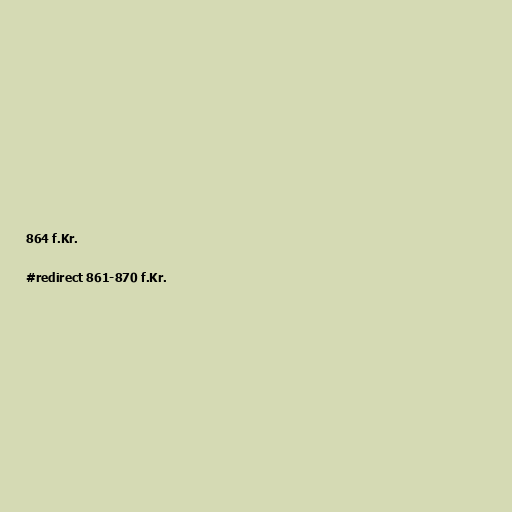
864 f.Kr.

#redirect 861-870 f.Kr.